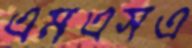
এমএসএ